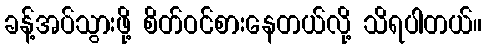
ခန့်အပ်သွားဖို့ စိတ်ဝင်စားနေတယ်လို့ သိရပါတယ်။